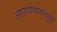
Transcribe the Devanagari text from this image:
अपराधीभावनेमुळे